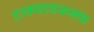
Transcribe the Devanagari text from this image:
टाक्यावरूनच